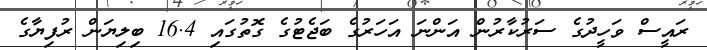
ރައީސް ވަހީދުގެ ސަރުކާރުން އަންނަ އަހަރުގެ ބަޖެޓުގެ ގޮތުގައި 16.4 ބިލިޔަން ރުފިޔާގެ